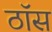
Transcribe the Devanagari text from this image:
ठॉस